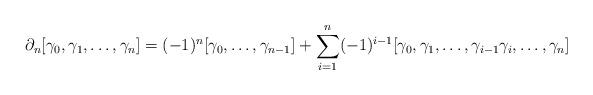
LaTeX: \begin{align*}\partial_n[\gamma_0,\gamma_1, \ldots, \gamma_n] = (-1)^{n} [\gamma_0, \ldots, \gamma_{n-1}] + \sum_{i=1}^n (-1)^{i-1} [\gamma_0,\gamma_1, \ldots, \gamma_{i-1} \gamma_{i}, \ldots, \gamma_n] \end{align*}